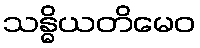
သန္ဓိယတိမေဝ